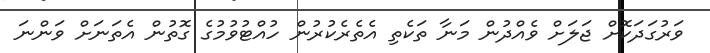
ވަރުގަދަކޮށް ޖަލަށް ވެއްދުން މަނާ ތަކެތި އެތެރެކުރުން ހުއްޓުވުމުގެ ގޮތުން އެތަނަށް ވަންނަ